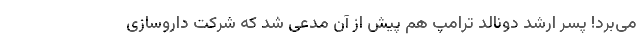
می‌برد! پسر ارشد دونالد ترامپ هم پیش از آن مدعی شد که شرکت داروسازی